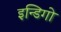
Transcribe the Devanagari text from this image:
इन्डिगो